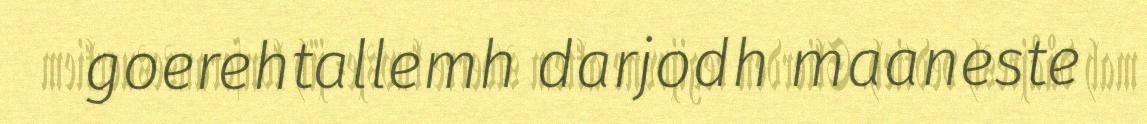
goerehtallemh darjodh maaneste